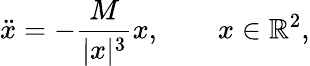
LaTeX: {\ddot{x}}=-{\frac{M}{|x|^{3}}}x,\qquad x\in\mathbb{R}^{2},